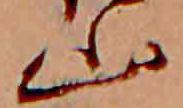
山